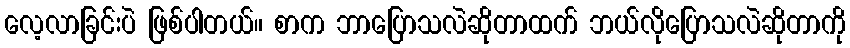
လေ့လာခြင်းပဲ ဖြစ်ပါတယ်။ စာက ဘာပြောသလဲဆိုတာထက် ဘယ်လိုပြောသလဲဆိုတာကို